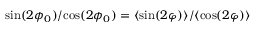
{ \sin ( 2 \phi _ { 0 } ) } / { \cos ( 2 \phi _ { 0 } ) } = { \langle \sin ( 2 \varphi ) \rangle } / { \langle \cos ( 2 \varphi ) \rangle }